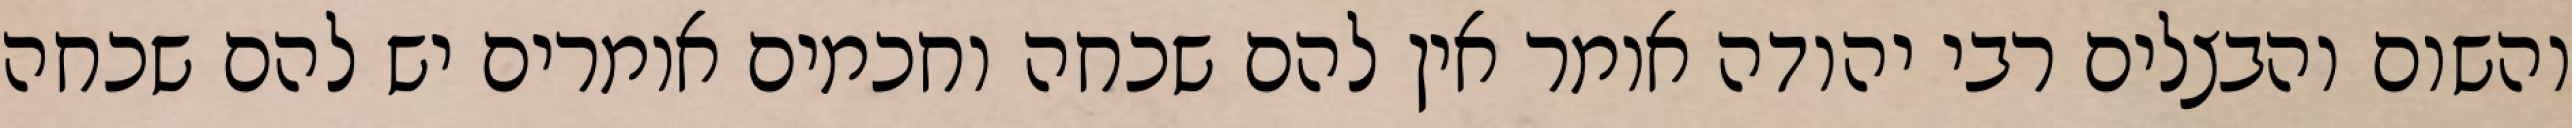
והשום והבצלים רבי יהודה אומר אין להם שכחה וחכמים אומרים יש להם שכחה